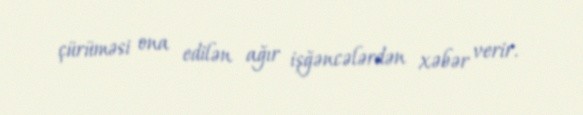
çürüməsi ona edilən ağır işğəncələrdən xəbər verir.